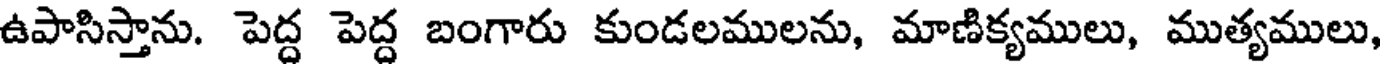
ఉపాసిస్తాను. పెద్ద పెద్ద బంగారు కుండలములను, మాణిక్యములు, ముత్యములు,